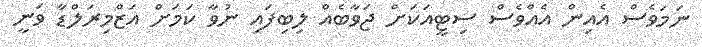
ނަމަވެސް އެއިން އެއްވެސް ސިޓީއަކަށް ޖަވާބެއް ލިބިފައި ނުވާ ކަމަށް އަޒްމިރަލްޑާ ވަނީ